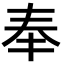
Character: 奉